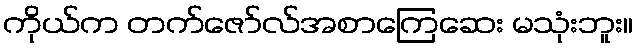
ကိုယ်က တက်ဇော်လ်အစာကြေဆေး မသုံးဘူး။